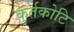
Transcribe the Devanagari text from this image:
कुर्तकोटि